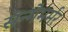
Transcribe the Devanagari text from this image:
सन्गेमर्मर